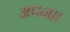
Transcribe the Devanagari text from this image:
अपन।।